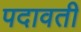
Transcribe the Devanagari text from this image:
पदावती